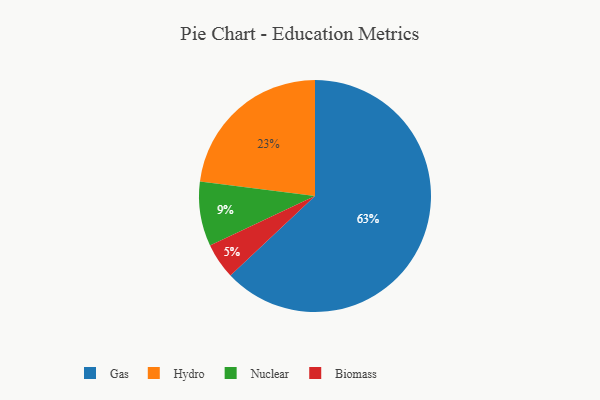
{"axis": {"x": "Category", "y": "Percentage"}, "legend": ["Biomass", "Gas", "Hydro", "Nuclear"], "data": [{"x": "Biomass", "y": 5, "type": "Biomass"}, {"x": "Nuclear", "y": 9, "type": "Nuclear"}, {"x": "Hydro", "y": 23, "type": "Hydro"}, {"x": "Gas", "y": 63, "type": "Gas"}]}